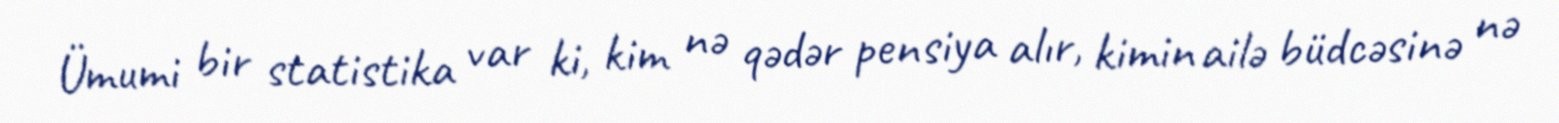
Ümumi bir statistika var ki, kim nə qədər pensiya alır, kimin ailə büdcəsinə nə